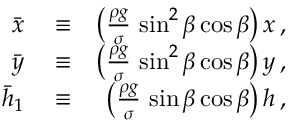
\begin{array} { r l r } { \bar { x } } & { { } \equiv } & { \left( \frac { \rho g } { \sigma } \, \sin ^ { 2 } \beta \cos \beta \right) x \, , } \\ { \bar { y } } & { { } \equiv } & { \left( \frac { \rho g } { \sigma } \, \sin ^ { 2 } \beta \cos \beta \right) y \, , } \\ { \bar { h } _ { 1 } } & { { } \equiv } & { \left( \frac { \rho g } { \sigma } \, \sin \beta \cos \beta \right) h \, , } \end{array}